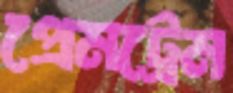
প্রেমট্রেম